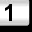
Digit: 1